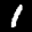
Label: 1